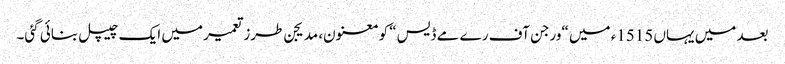
بعد میں یہاں 1515ء میں “ورجن آف رے مے ڈیس“ کو معنون، مدیجن طرزتعمیر میں ایک چیپل بنائی گئی۔